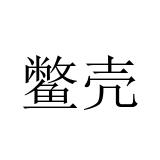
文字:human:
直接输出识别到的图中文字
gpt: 鳖壳